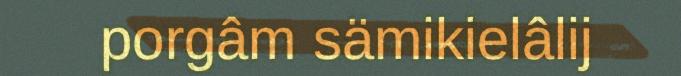
porgâm sämikielâlij